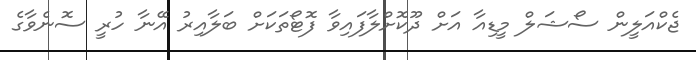
ޖެކްއަލީން ސޯޝަލް މީޑިއާ އަށް ދޫކޮށްލާފައިވާ ފޮޓޯތަކަށް ބަލާއިރު އޭނާ ހުރީ ސޮނެވާގެ